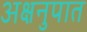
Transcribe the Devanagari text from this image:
अक्षनुपात